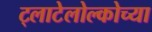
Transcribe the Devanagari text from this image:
ट्लाटेलोल्कोच्या